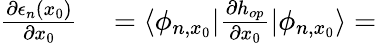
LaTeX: \begin{array}{rl}{\frac{\partial\epsilon_{n}(x_{0})}{\partial x_{0}}}&{{}=\langle\phi_{n,x_{0}}|\frac{\partial h_{op}}{\partial x_{0}}|\phi_{n,x_{0}}\rangle=}\end{array}